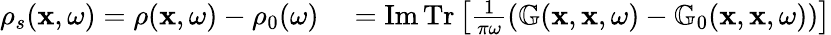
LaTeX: \begin{array}{rl}{\rho_{s}(\mathbf{x},\omega)=\rho(\mathbf{x},\omega)-\rho_{0}(\omega)}&{{}=\operatorname{Im}\operatorname{Tr}\left[\frac{1}{\pi\omega}\left(\mathbb{G}(\mathbf{x},\mathbf{x},\omega)-\mathbb{G}_{0}(\mathbf{x},\mathbf{x},\omega)\right)\right]}\end{array}